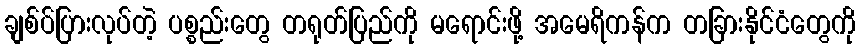
ချစ်ပ်ပြားလုပ်တဲ့ ပစ္စည်းတွေ တရုတ်ပြည်ကို မရောင်းဖို့ အမေရိကန်က တခြားနိုင်ငံတွေကို